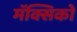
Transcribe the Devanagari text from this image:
मॅक्सिको